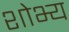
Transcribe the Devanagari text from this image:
शोभ्य